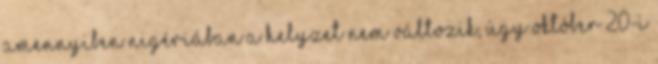
amennyiben Nigériában a helyzet nem változik, úgy október 20-i